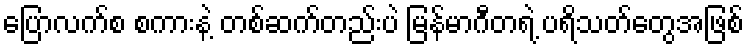
ပြောလက်စ စကားနဲ့ တစ်ဆက်တည်းပဲ မြန်မာဂီတရဲ့ ပရိသတ်တွေအဖြစ်